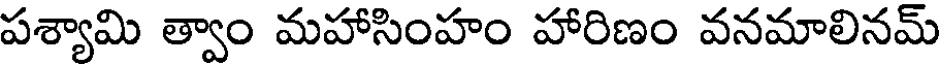
పశ్యామి త్వాం మహాసింహం హారిణం వనమాలినమ్